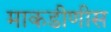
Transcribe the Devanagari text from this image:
माकडीणीस